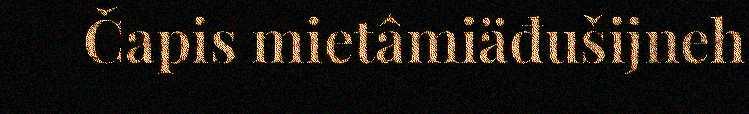
Čapis mietâmiäđušijneh